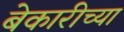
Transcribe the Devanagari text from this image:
बेकारीच्या